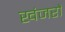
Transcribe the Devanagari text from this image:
खंजरों